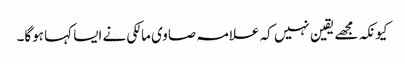
کیونکہ مجھے یقین نہیں کہ علامہ صاوی مالکی نے ایسا کہا ہوگا۔